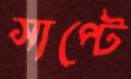
সাপ্‌টে